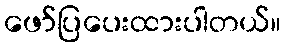
ဖော်ပြပေးထားပါတယ်။